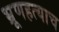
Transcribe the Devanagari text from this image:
भ्रूणहत्याच